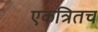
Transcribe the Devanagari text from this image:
एकत्रितच